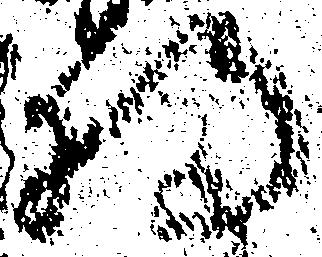
将